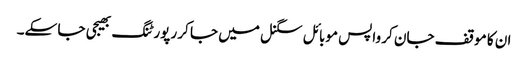
ان کا موقف جان کر واپس موبائل سگنل میں جا کر رپورٹنگ بھیجی جا سکے۔